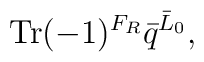
{\rm Tr} (-1)^{F_R} {\bar q}^{{\bar L}_0},